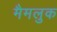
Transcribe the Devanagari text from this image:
मैमलुक